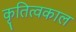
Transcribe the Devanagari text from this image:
कृतित्वकाल